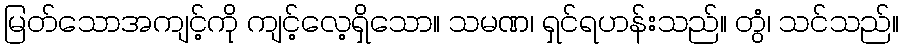
မြတ်သောအကျင့်ကို ကျင့်လေ့ရှိသော။ သမဏ၊ ရှင်ရဟန်းသည်။ တွံ၊ သင်သည်။